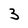
Character: 3